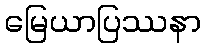
မြေယာပြဿနာ